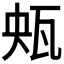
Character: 𤬺